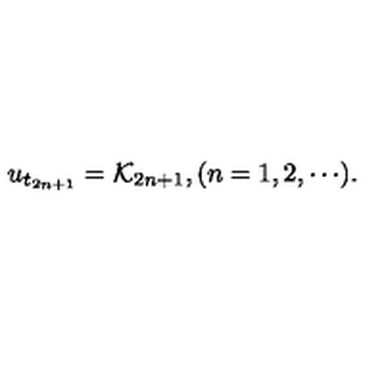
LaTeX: u _ { t _ { 2 n + 1 } } = { \cal K } _ { 2 n + 1 } , ( n = 1 , 2 , \cdots ) .